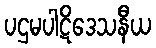
ပဌမပါဋိဒေသနီယ